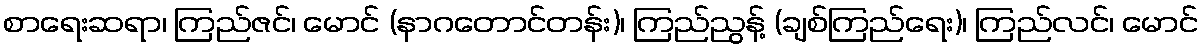
စာရေးဆရာ၊ ကြည်ဇင်၊ မောင် (နာဂတောင်တန်း)၊ ကြည်ညွန့် (ချစ်ကြည်ရေး)၊ ကြည်လင်၊ မောင်